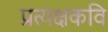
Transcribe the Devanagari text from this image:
प्रत्यक्षकवि